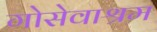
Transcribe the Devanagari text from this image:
गोसेवाश्रम